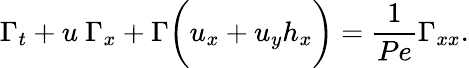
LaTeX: \Gamma_{t}+u~\Gamma_{x}+\Gamma\biggl(u_{x}+u_{y}h_{x}\biggr)=\frac{1}{Pe}\Gamma_{xx}.